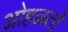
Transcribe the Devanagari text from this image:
ओहळतो